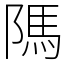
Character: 䧞